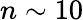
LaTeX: n\sim 10